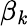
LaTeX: \beta_{\mathit{k}}